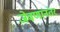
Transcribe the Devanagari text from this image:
जेवणांनंतर